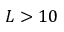
L > 1 0